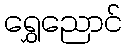
ရွှေညောင်